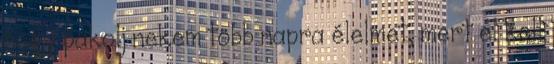
hogy pakolj nekem több napra élelmet, mert el kell